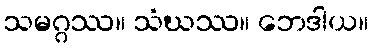
သမဂ္ဂဿ။ သံဃဿ။ ဘေဒါယ။